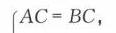
\(AC = BC\)，